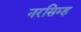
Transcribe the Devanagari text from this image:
नरसिम्ह